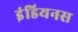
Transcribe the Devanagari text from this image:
इंडियनस